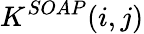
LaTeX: K^{SOAP}(i,j)